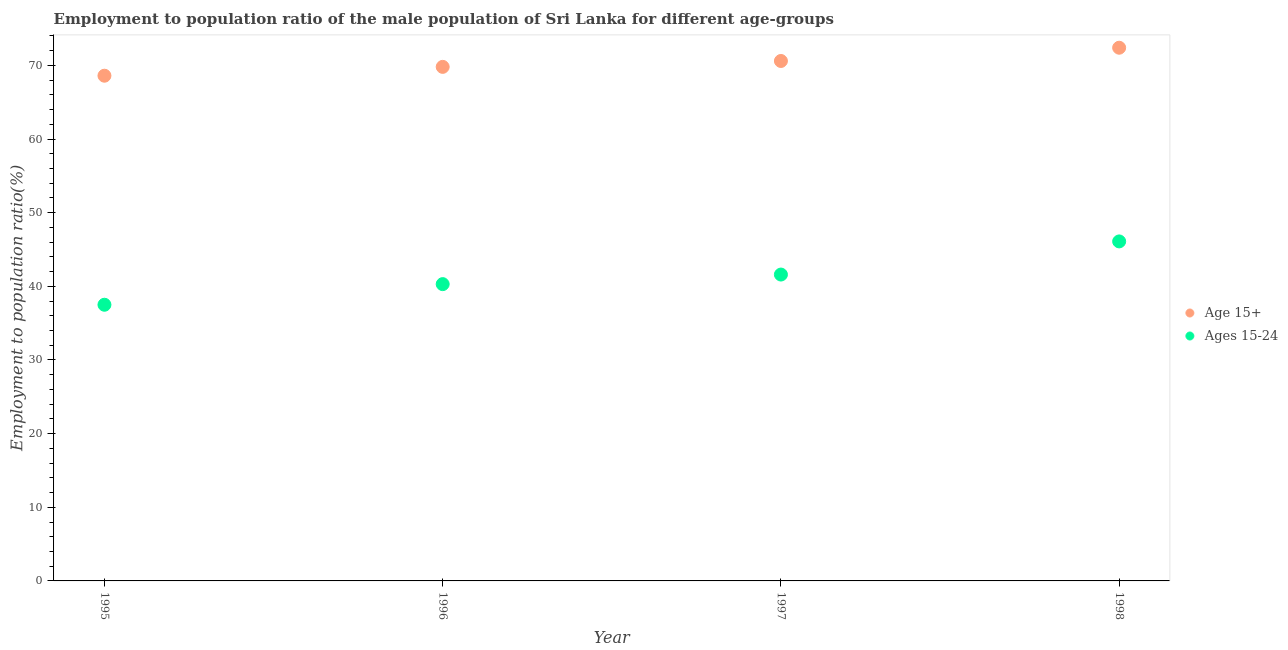
| Year | Age 15+ | Ages 15-24 |
 | --- | --- | --- |
 | 1995 | 68.6 | 37.5 |
 | 1996 | 69.8 | 40.3 |
 | 1997 | 70.6 | 41.6 |
 | 1998 | 72.4 | 46.1 |